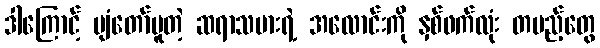
ဒါကြောင့် ပျံတော်မူတဲ့ ဆရာသမားရဲ့ အလောင်းကို နှစ်ဖက်လုံး တပည့်တွေ